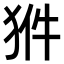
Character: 𤞗